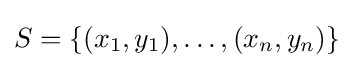
S=\{(x_{1},y_{1}),\dots ,(x_{n},y_{n})\}